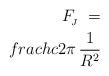
LaTeX: \begin{align*}F_{\!_J} \ = \\frac{hc}{2\pi} \, \frac{1}{R^2}\end{align*}